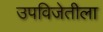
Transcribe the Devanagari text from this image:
उपविजेतीला